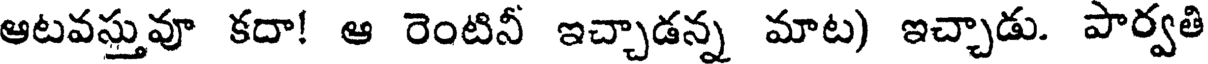
ఆటవస్తువూ కదా! ఆ రెంటినీ ఇచ్చాడన్న మాట) ఇచ్చాడు. పార్వతి